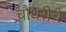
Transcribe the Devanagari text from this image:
चौधरीचे